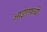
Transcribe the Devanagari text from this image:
आईएफ़बी